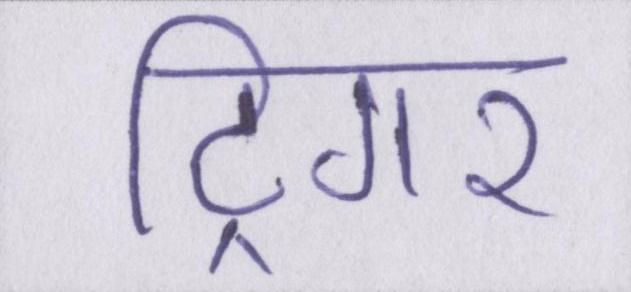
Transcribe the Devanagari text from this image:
ट्रिगर